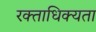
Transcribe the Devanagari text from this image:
रक्ताधिक्यता